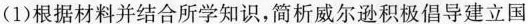
(1)根据材料并结合所学知识，简析威尔逊积极倡导建立国